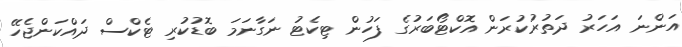
އަންނަ އަހަރު ދަތުރުކުރަން އޮކްޓޯބަރުގެ ފަހުން ޓިކެޓު ނަގާނަމަ ބޮޑުކުރި ޓެކްސް ދައްކަންޖެހޭ